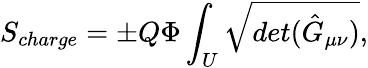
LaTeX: S_{charge}={\pm}Q{\Phi}\int_{U}\sqrt{det({\hat{G}}_{\mu\nu})},